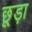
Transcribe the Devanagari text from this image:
छूड़ा